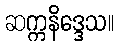
ဆက္ကနိဒ္ဒေသ။